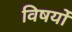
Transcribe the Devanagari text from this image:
विषयोंं